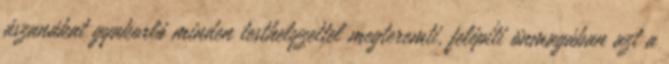
ászanákat gyakorló minden testhelyzettel megteremti, felépíti önmagában azt a